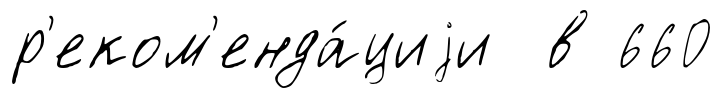
р'еком'енда́циjи в 660